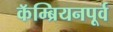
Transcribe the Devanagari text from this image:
कॅम्ब्रियनपूर्व